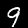
Digit: 9